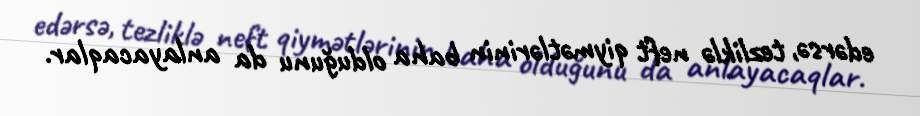
edərsə, tezliklə neft qiymətlərinin baha olduğunu da anlayacaqlar.